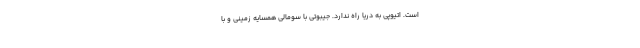
است. اتیوپی به دریا راه ندارد. جیبوتی با سومالی همسایه زمینی و با